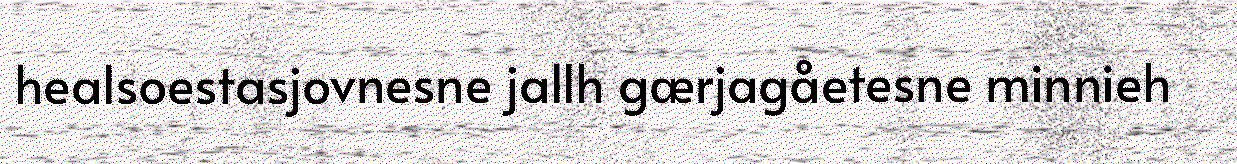
healsoestasjovnesne jallh gærjagåetesne minnieh